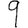
Digit: 9